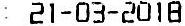
: 21-03-2018